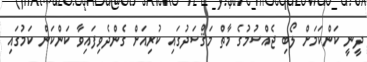
ދީނީ ކަންކަމަށް ލޯބި ޖެއްސުމުގެ މާތް މަޤްސަދުގައި ކުރިއަށް ގެންދެވިފައިވާ ކަންކަން ކަމުގައި